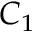
C _ { 1 }